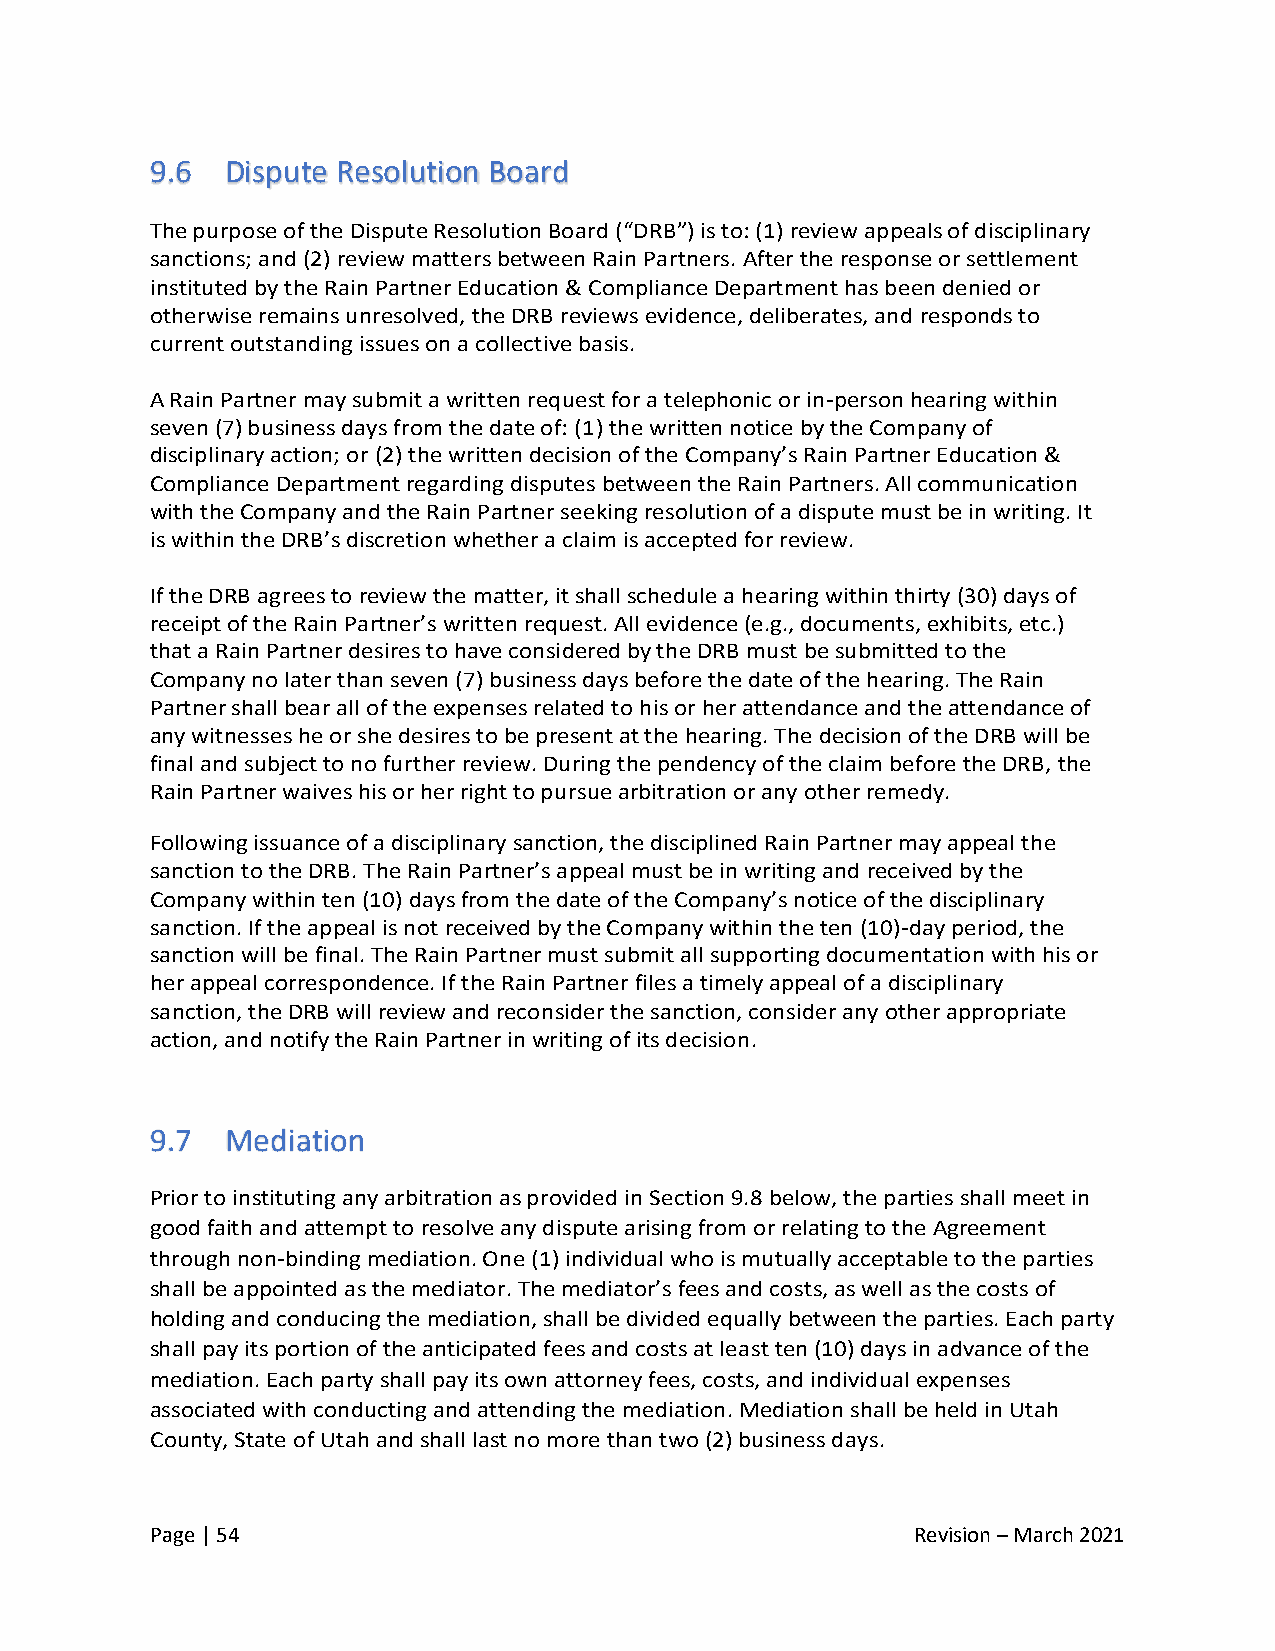
9.6  Dispute Resolution Board
 The purpose of the Dispute Resolution Board (“DRB”) is to: (1) review appeals of disciplinary
 sanctions; and (2) review matters between Rain Partners. After the response or settlement
 instituted by the Rain Partner Education & Compliance Department has been denied or
 otherwise remains unresolved, the DRB reviews evidence, deliberates, and responds to
 current outstanding issues on a collective basis.
 A Rain Partner may submit a written request for a telephonic or in-person hearing within
 seven (7) business days from the date of: (1) the written notice by the Company of
 disciplinary action; or (2) the written decision of the Company’s Rain Partner Education &
 Compliance Department regarding disputes between the Rain Partners. All communication
 with the Company and the Rain Partner seeking resolution of a dispute must be in writing. It
 is within the DRB’s discretion whether a claim is accepted for review.
 If the DRB agrees to review the matter, it shall schedule a hearing within thirty (30) days of
 receipt of the Rain Partner’s written request. All evidence (e.g., documents, exhibits, etc.)
 that a Rain Partner desires to have considered by the DRB must be submitted to the
 Company no later than seven (7) business days before the date of the hearing. The Rain
 Partner shall bear all of the expenses related to his or her attendance and the attendance of
 any witnesses he or she desires to be present at the hearing. The decision of the DRB will be
 final and subject to no further review. During the pendency of the claim before the DRB, the
 Rain Partner waives his or her right to pursue arbitration or any other remedy.
 Following issuance of a disciplinary sanction, the disciplined Rain Partner may appeal the
 sanction to the DRB. The Rain Partner’s appeal must be in writing and received by the
 Company within ten (10) days from the date of the Company’s notice of the disciplinary
 sanction. If the appeal is not received by the Company within the ten (10)-day period, the
 sanction will be final. The Rain Partner must submit all supporting documentation with his or
 her appeal correspondence. If the Rain Partner files a timely appeal of a disciplinary
 sanction, the DRB will review and reconsider the sanction, consider any other appropriate
 action, and notify the Rain Partner in writing of its decision.
 9.7  Mediation
 Prior to instituting any arbitration as provided in Section 9.8 below, the parties shall meet in
 good faith and attempt to resolve any dispute arising from or relating to the Agreement
 through non-binding mediation. One (1) individual who is mutually acceptable to the parties
 shall be appointed as the mediator. The mediator’s fees and costs, as well as the costs of
 holding and conducing the mediation, shall be divided equally between the parties. Each party
 shall pay its portion of the anticipated fees and costs at least ten (10) days in advance of the
 mediation. Each party shall pay its own attorney fees, costs, and individual expenses
 associated with conducting and attending the mediation. Mediation shall be held in Utah
 County, State of Utah and shall last no more than two (2) business days.
 Page | 54                                          Revision – March 2021